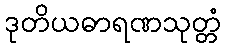
ဒုတိယဓာရဏသုတ္တံ